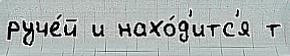
руче́й и нахо́д'итс'я т